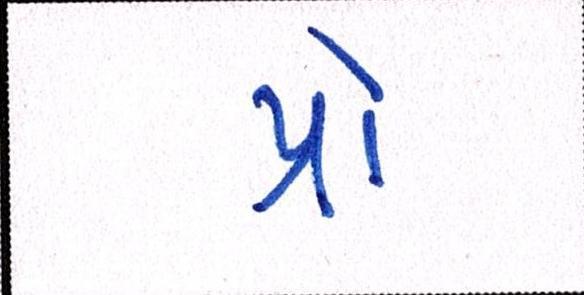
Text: પ્રો